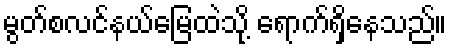
မွတ်စလင်နယ်မြေထဲသို့ ရောက်ရှိနေသည်။